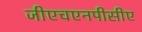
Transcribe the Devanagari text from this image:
जीएचएनपीसीए